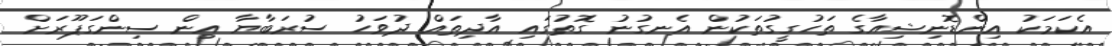
އެކަމަކު އިންޑޮނިޝިއާގެ ތަހުގީގުތަކުން އެނގުނު ގޮތުގައި އާދިތައް ދުވަހު ސުރަބާޔާ އިން ސިންގަޕޫރަށް